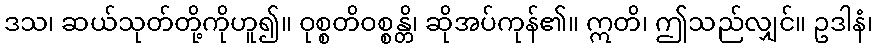
ဒသ၊ ဆယ်သုတ်တို့ကိုဟူ၍။ ဝုစ္စတိဝစ္စန္တိ၊ ဆိုအပ်ကုန်၏။ ဣတိ၊ ဤသည်လျှင်။ ဥဒါနံ၊